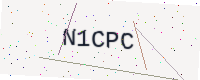
Text: N1CPC